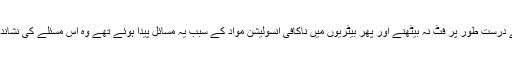
جانچ پڑتال کے مطابق فون میں بیٹریوں کے درست طور پر فٹ نہ بیٹھنے اور پھر بیٹریوں میں ناکافی انسولیشن مواد کے سبب یہ مسائل پیدا ہوئے تھے وہ اس مسئلے کی نشاندہی نہ کرپانے کی ذمہ داری قبول کرتی ہے۔